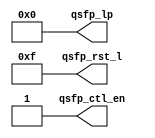
module qsfp_pins
(
    // Active-low reset to the QSFP transceiver module
    output[3:0] qsfp_rst_l,

    // Active-high "low power" setting for the QSFP transceiver module
    output[3:0] qsfp_lp,
    
    // Enable FPGA control over the QSFP control pins
    output      qsfp_ctl_en
);

assign qsfp_ctl_en = 1;

assign qsfp_rst_l = 4'b1111;
assign qsfp_lp    = 4'b0000;


endmodule